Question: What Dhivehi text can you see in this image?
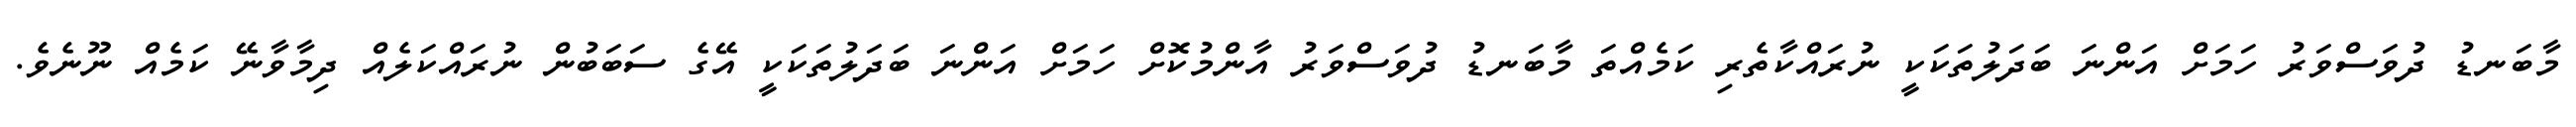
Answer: މާބަނޑު ދުވަސްވަރު ހަމަށް އަންނަ ބަދަލުތަކަކީ ނުރައްކާތެރި ކަމެއްތަ މާބަނޑު ދުވަސްވަރު އާންމުކޮށް ހަމަށް އަންނަ ބަދަލުތަކަކީ އޭގެ ސަބަބުން ނުރައްކަލެއް ދިމާވާނޭ ކަމެއް ނޫނެވެ.